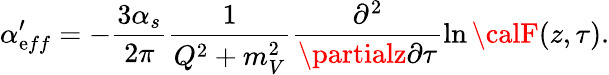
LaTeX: \alpha_{\mathrm{e}ff}^{\prime}=-\frac{{3\alpha_{s}}}{{2\pi}}\frac{{1}}{{Q^{2}+m_{V}^{2}}}\frac{{\partial^{2}}}{{\partialz\partial\tau}}\ln{\calF}(z,\tau).